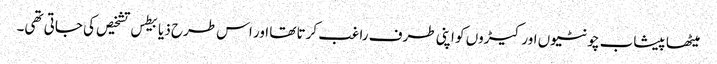
میٹھا پیشاب چونٹیوں اور کیڑوں کو اپنی طرف راغب کرتا تھا اور اس طرح ذیابیطس تشخیص کی جاتی تھی۔